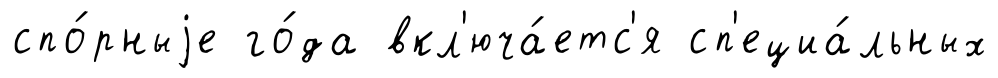
спо́рныjе го́да вкл'юча́етс'я сп'ециа́льных